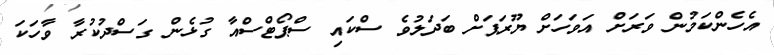
އެހެންކަމުން ވަރަށް އަވަހަށް ޔޫރަޕަށް ބަދަލުވެ ސްކައި ސްޕޯޓްސްއާ ގުޅެން ގަސްދުކުރާ ވާހަކަ